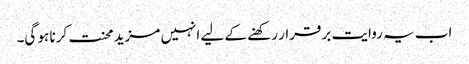
اب یہ روایت برقرار رکھنے کے لیے انہیں مزید محنت کرنا ہو گی۔